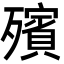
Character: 殯